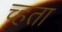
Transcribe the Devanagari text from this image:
च्हता